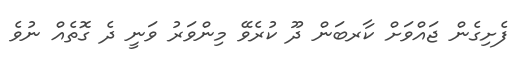
ފެށިގެން ޖައްވަށް ކާރބަން ދޫ ކުރެވޭ މިންވަރު ވަނީ ދެ ގޮތެއް ނުވެ